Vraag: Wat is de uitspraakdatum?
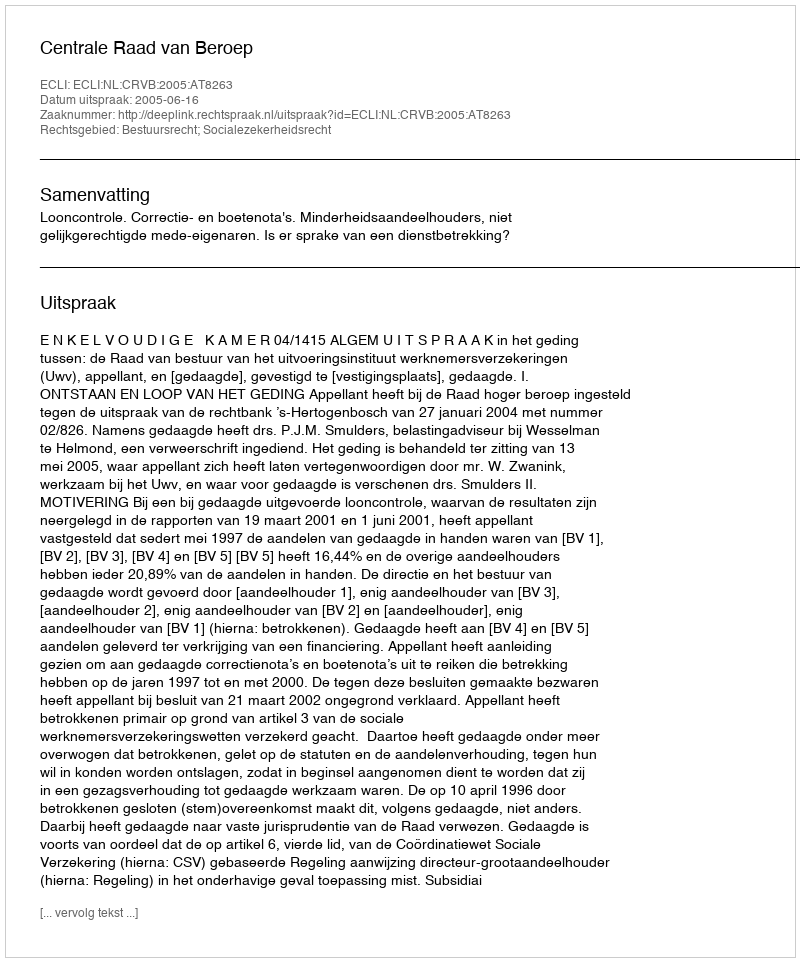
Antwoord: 2005-06-16